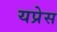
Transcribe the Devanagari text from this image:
यप्रेस